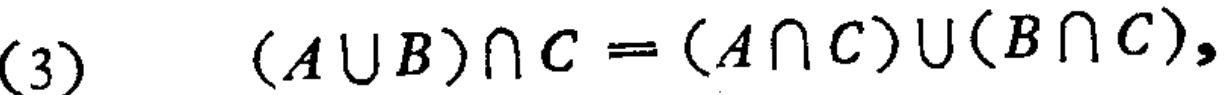
(3) \((A\cup B)\cap C=(A\cap C)\cup(B\cap C)\)